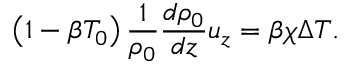
\left( 1 - \beta T _ { 0 } \right) \frac { 1 } { \rho _ { 0 } } \frac { d \rho _ { 0 } } { d z } u _ { z } = \beta \chi \Delta T .